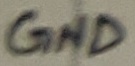
Text: GND